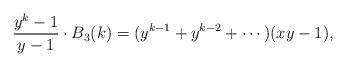
LaTeX: \begin{align*}\frac{y^k-1}{y-1}\cdot B_3(k)=(y^{k-1}+y^{k-2}+\cdots)(xy-1),\end{align*}